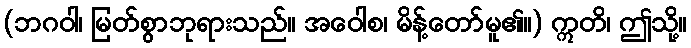
(ဘဂဝါ၊ မြတ်စွာဘုရားသည်။ အဝေါစ၊ မိန့်တော်မူ၏။) ဣတိ၊ ဤသို့။